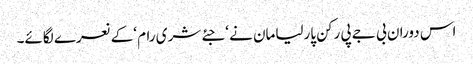
اس دوران بی جے پی رکن پارلیامان نے ‘جئے شری رام ‘کے نعرے لگائے۔